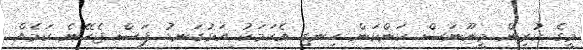
މީގެ ކުރިން މީނޫނަސް ކަންކަން ހިނގި އެކަމަކު އަޅުގަނޑު ފަސް ޖެހޭނެ ކަމެއް